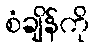
စံချိန်ကို